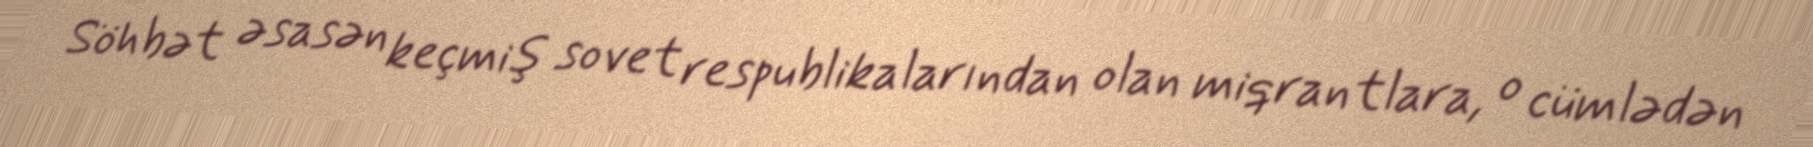
Söhbət əsasən keçmiş sovet respublikalarından olan miqrantlara, o cümlədən